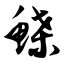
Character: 鲽